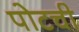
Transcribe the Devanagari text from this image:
पोटची